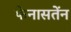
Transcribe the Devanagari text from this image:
फेनासतेंन